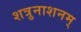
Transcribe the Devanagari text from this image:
शत्रुनाशनम्